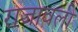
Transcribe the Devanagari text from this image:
राजावली